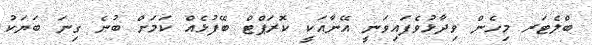
ބްލެޓަރ މިހެން ވިދާޅުވެފައިވަނީ އޭނާއަކީ ކޮރަޕްޓް ބޭފުޅެއް ކަމަށް ބުނެ ގިނަ ބަޔަކު